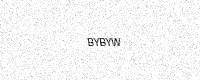
Text: BYBYW